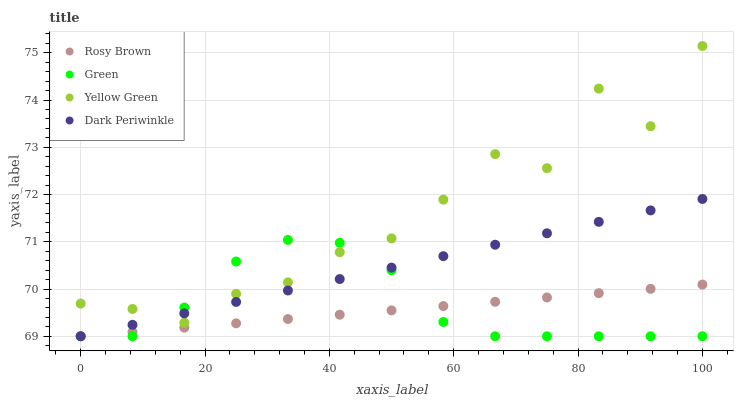
| xaxis_label | Rosy Brown | Green | Yellow Green | Dark Periwinkle |
 | --- | --- | --- | --- | --- |
 | 0 | 69 | 69 | 69.7 | 69 |
 | 8.33 | 69.1 | 69 | 69.6 | 69.2 |
 | 16.7 | 69.2 | 69.6 | 69.3 | 69.5 |
 | 25 | 69.3 | 70.6 | 69.9 | 69.7 |
 | 33.3 | 69.4 | 71 | 70.1 | 70 |
 | 41.7 | 69.5 | 71 | 70.8 | 70.2 |
 | 50 | 69.5 | 70.4 | 71.1 | 70.5 |
 | 58.3 | 69.6 | 69.3 | 71.9 | 70.7 |
 | 66.7 | 69.7 | 69 | 72.9 | 70.9 |
 | 75 | 69.8 | 69 | 72.6 | 71.2 |
 | 83.3 | 69.9 | 69 | 74.2 | 71.4 |
 | 91.7 | 70 | 69 | 73.4 | 71.7 |
 | 100 | 70.1 | 69 | 75.1 | 71.9 |